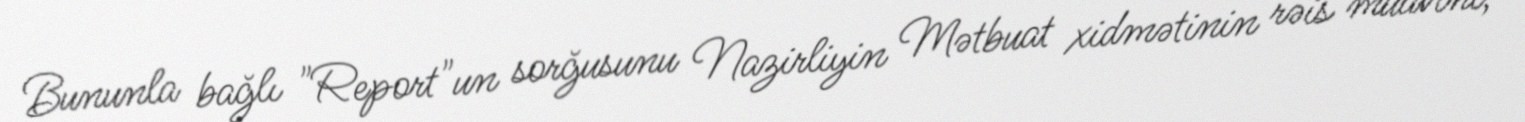
Bununla bağlı "Report"un sorğusunu Nazirliyin Mətbuat xidmətinin rəis müavini,